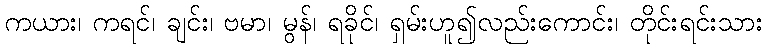
ကယား၊ ကရင်၊ ချင်း၊ ဗမာ၊ မွန်၊ ရခိုင်၊ ရှမ်းဟူ၍လည်းကောင်း၊ တိုင်းရင်းသား